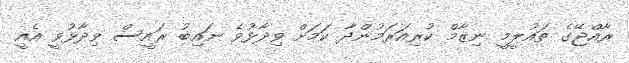
ރާއްޖޭގެ ތައުލީމީ ނިޒާމް ކުރިއަރަމުންދާ ކަމަށް ވިދާޅުވެ ނައިބު ރައީސް ވިދާޅުވީ އެއީ